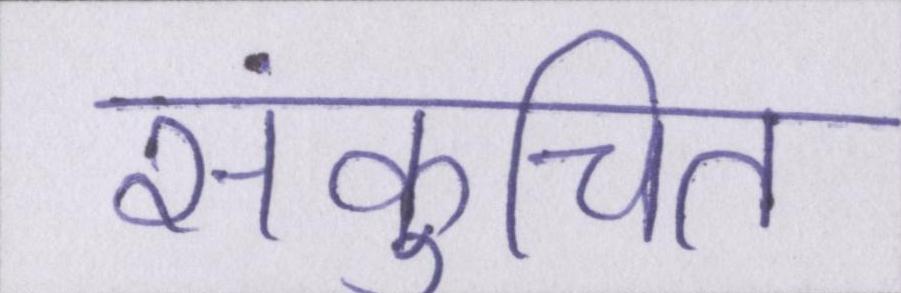
संकुचित